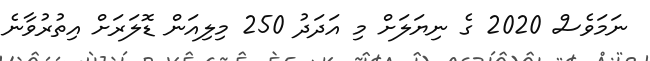
ނަމަވެސް 2020 ގެ ނިޔަލަށް މި އަދަދު 250 މިލިއަން ޑޮލަރަށް އިތުރުވާނެ